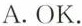
A.OK.